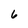
Character: 6